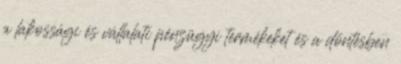
a lakossági és vállalati pénzügyi termékeket és a döntésben